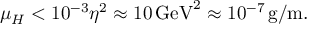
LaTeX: \mu _ { H } < 1 0 ^ { - 3 } \eta ^ { 2 } \approx 1 0 \, \mathrm { G e V } ^ { 2 } \approx 1 0 ^ { - 7 } \, \mathrm { g / m } .